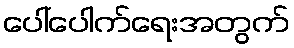
ပေါ်ပေါက်ရေးအတွက်